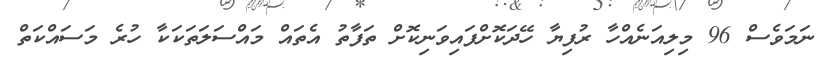
ނަމަވެސް 96 މިލިއަނެއްހާ ރުފިޔާ ހޭދަކޮށްފައިވަނިކޮށް ތަފާތު އެތައް މައްސަލަތަކަކާ ހުރެ މަސައްކަތް